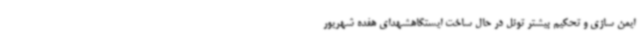
ایمن سازی و تحکیم بیشتر تونل در حال ساخت ایستگاهشهدای هفده شهریور